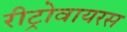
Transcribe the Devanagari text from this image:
रीट्रोवायरस